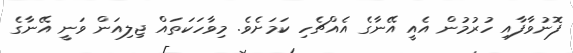
ފޮނުވާފާއި ހުރުމުން އެއީ އޭނާގެ އެއްޗެހި ކަމަށެވެ. މިވާހަކަތައް ޖިލިއަން ވަނީ އޭނާގެ